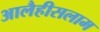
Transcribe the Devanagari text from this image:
आलैहीसलाम